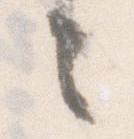
者